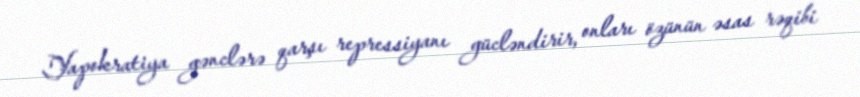
Yapokratiya gənclərə qarşı repressiyanı gücləndirir, onları özünün əsas rəqibi